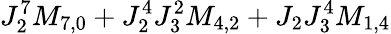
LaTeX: J_{2}^{7}M_{7,0}+J_{2}^{4}J_{3}^{2}M_{4,2}+J_{2}J_{3}^{4}M_{1,4}